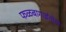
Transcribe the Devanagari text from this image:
फळबागाईतीचे